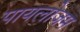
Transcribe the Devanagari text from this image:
पायलोजम